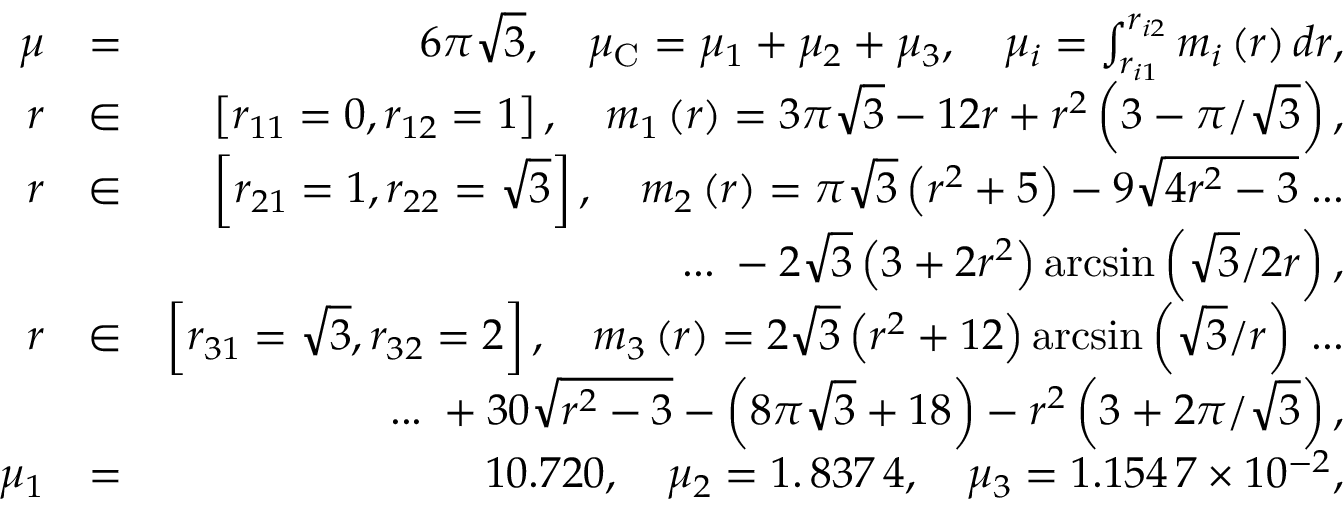
\begin{array} { r l r } { \mu } & { = } & { 6 \pi \sqrt { 3 } , \quad \mu _ { \mathrm { C } } = \mu _ { 1 } + \mu _ { 2 } + \mu _ { 3 } , \quad \mu _ { i } = \int _ { r _ { i 1 } } ^ { r _ { i 2 } } m _ { i } \left( r \right) d r , } \\ { r } & { \in } & { \left[ r _ { 1 1 } = 0 , r _ { 1 2 } = 1 \right] , \quad m _ { 1 } \left( r \right) = 3 \pi \sqrt { 3 } - 1 2 r + r ^ { 2 } \left( 3 - \pi / \sqrt { 3 } \right) , } \\ { r } & { \in } & { \left[ r _ { 2 1 } = 1 , r _ { 2 2 } = \sqrt { 3 } \right] , \quad m _ { 2 } \left( r \right) = \pi \sqrt { 3 } \left( r ^ { 2 } + 5 \right) - 9 \sqrt { 4 r ^ { 2 } - 3 } \; . . . } \\ & { } & { \quad \quad . . . \; - 2 \sqrt { 3 } \left( 3 + 2 r ^ { 2 } \right) \arcsin \left( \sqrt { 3 } / 2 r \right) , } \\ { r } & { \in } & { \left[ r _ { 3 1 } = \sqrt { 3 } , r _ { 3 2 } = 2 \right] , \quad m _ { 3 } \left( r \right) = 2 \sqrt { 3 } \left( r ^ { 2 } + 1 2 \right) \arcsin \left( \sqrt { 3 } / r \right) \; . . . } \\ & { } & { \quad \quad . . . \; + 3 0 \sqrt { r ^ { 2 } - 3 } - \left( 8 \pi \sqrt { 3 } + 1 8 \right) - r ^ { 2 } \left( 3 + 2 \pi / \sqrt { 3 } \right) , } \\ { \mu _ { 1 } } & { = } & { 1 0 . 7 2 0 , \quad \mu _ { 2 } = 1 . \, 8 3 7 \, 4 , \quad \mu _ { 3 } = 1 . 1 5 4 \, 7 \times 1 0 ^ { - 2 } , } \end{array}